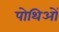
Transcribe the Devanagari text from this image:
पोथिओं